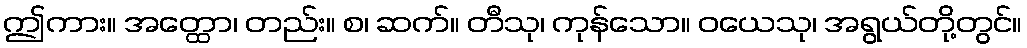
ဤကား။ အတ္ထော၊ တည်း။ စ၊ ဆက်။ တီသု၊ ကုန်သော။ ဝယေသု၊ အရွယ်တို့တွင်။